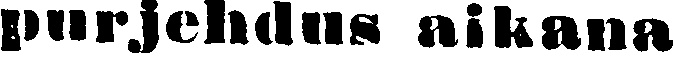
purjehdus aikana